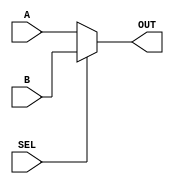
`timescale 1ns / 1ps
//////////////////////////////////////////////////////////////////////////////////
// Company: Gruppo 1
// 
// Design Name: 
// Module Name: MUX_2
// Project Name: Thermostat Control System
// Target Devices: Basys 3
// Tool Versions: 
// Description: 
// 
// Dependencies: 
// 
// Revision:
// Revision 0.01 - File Created
// Additional Comments:
// 
//////////////////////////////////////////////////////////////////////////////////


module MUX_2#(parameter DW=1)(
input wire [DW-1:0] A,B,
input wire SEL,
output reg [DW-1:0] OUT
);

    always@(SEL,A,B) begin
        if(SEL == 1'b0) OUT = A;
        else OUT = B;
    end

endmodule